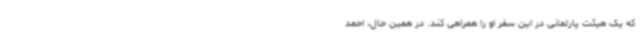
که یک هیئت پارلمانی در این سفر او را همراهی کند. در همین حال، احمد